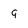
Character: g